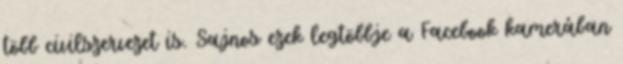
több civilszervezet is. Sajnos ezek legtöbbje a Facebook kamerában